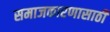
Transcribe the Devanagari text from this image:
समाजकारणासाठी